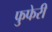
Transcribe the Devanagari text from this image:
फुफेरी